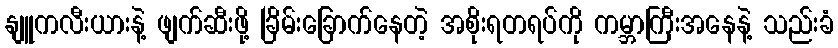
နျူကလီးယားနဲ့ ဖျက်ဆီးဖို့ ခြိမ်းခြောက်နေတဲ့ အစိုးရတရပ်ကို ကမ္ဘာကြီးအနေနဲ့ သည်းခံ